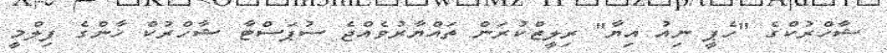
ޝާހްރުކްގެ "ހެޕީ ނިއު އިޔާ" ރިލީޒްކުރަން ތައްޔާރުވެއްޖެ ސުޕަސްޓާ ޝާހްރުކް ޚާންގެ ފިލްމީ